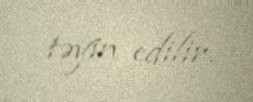
təyin edilir.